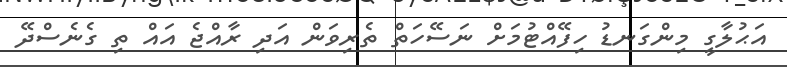
އަޙުލާގީ މިންގަނޑު ހިފޭއްޓުމަށް ނަސޭހަތް ތެރިވަން އަދި ރާއްޖެ އައް ތި ގެނެސްދޭ